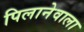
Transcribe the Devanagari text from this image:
पिलानेवाला